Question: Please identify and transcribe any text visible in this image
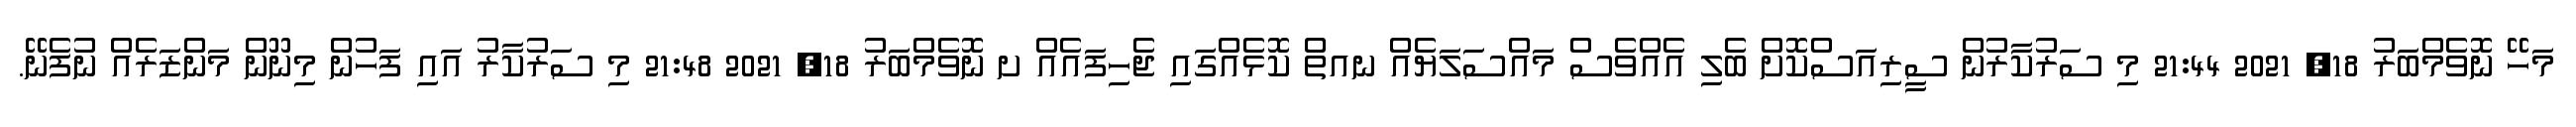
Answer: މަހޭ ނޮވެމްބަރު 18, 2021 21:44 މި ސަރުކާރުން ސީރިއަސްކޮށް ބެލި އެއްވެސް މައްސަލަޔެއް ނއތް ކޮޅެއްގައި ޖެހިފައެއް ށ ނޮވެމްބަރު 18, 2021 21:48 މި ސަރުކާރު އައި ފަހުން މިނޫން މަންޒަރެއް ނުފެނޭ.